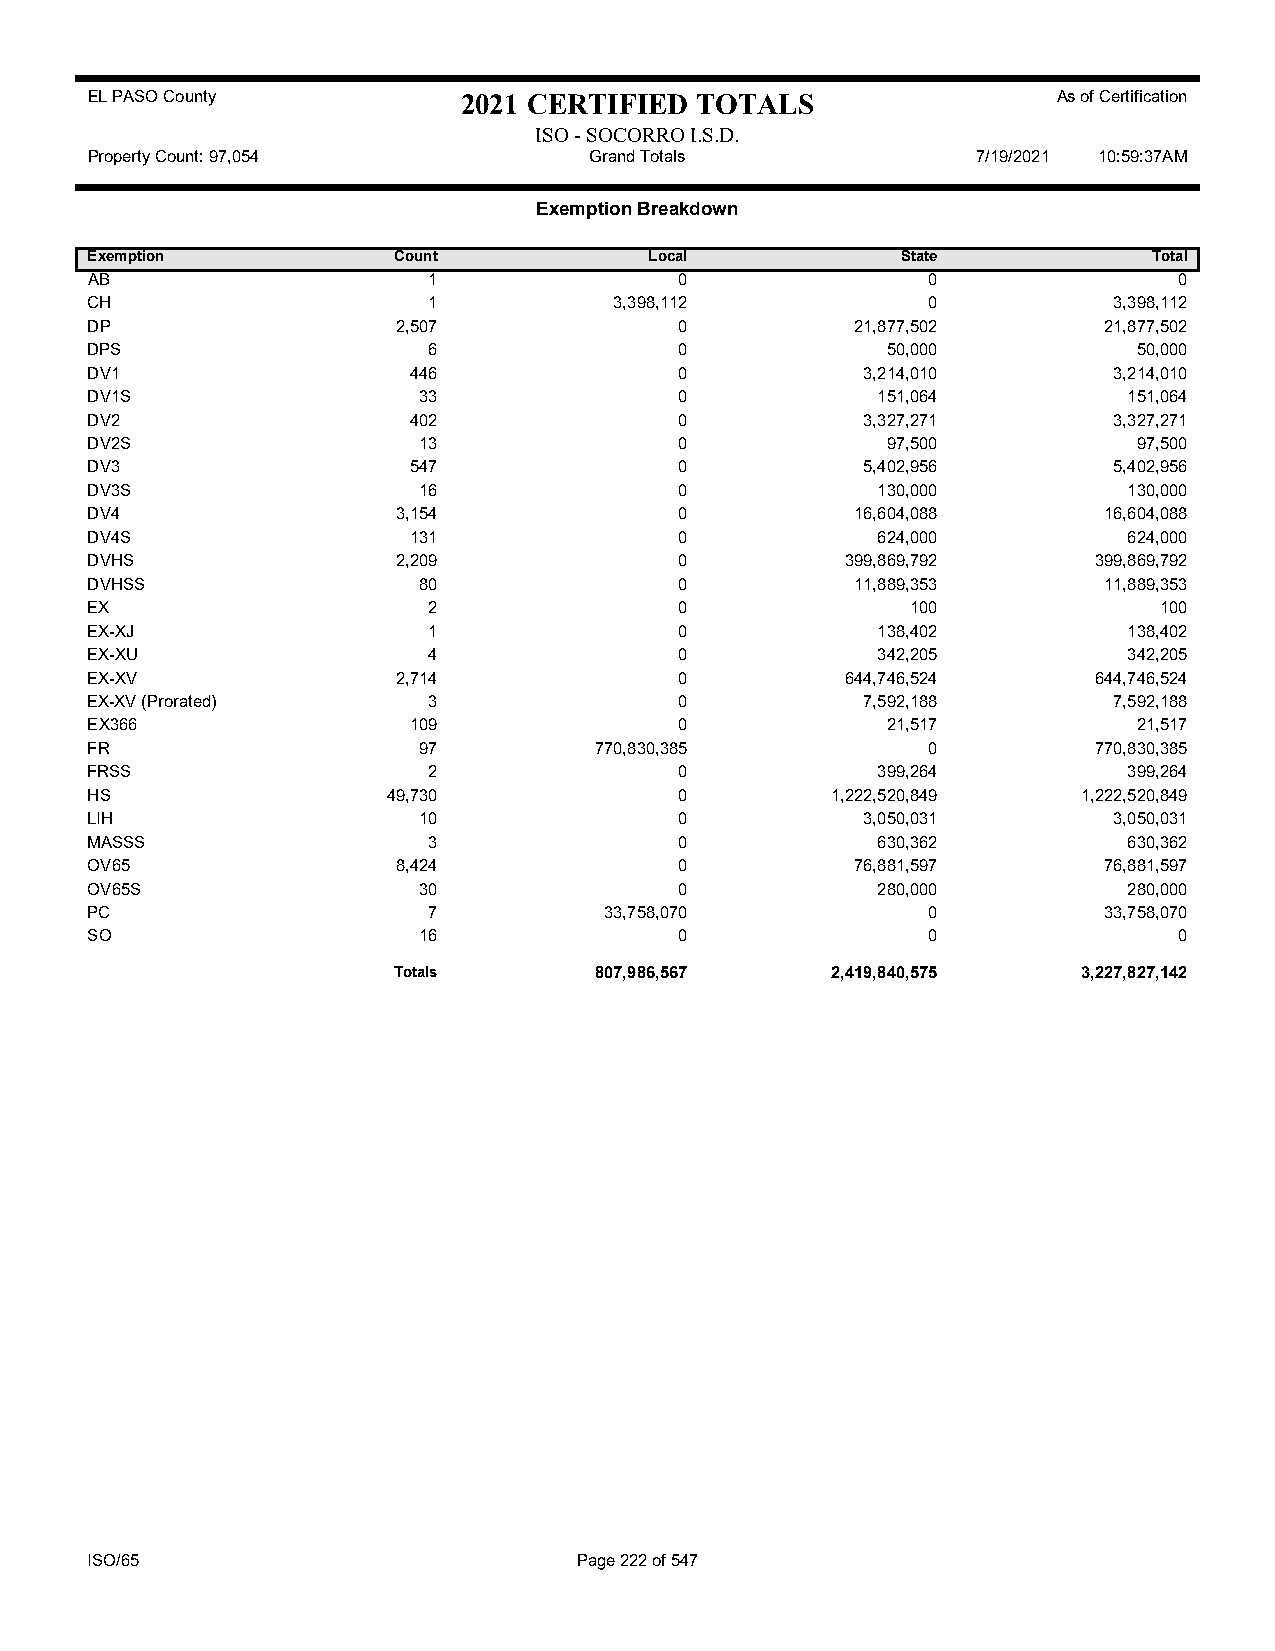
EL PASO County           2021 CERTIFIED TOTALS                  As of Certification
 ISO - SOCORRO I.S.D.
 Property Count: 97,054           Grand Totals              7/19/2021 10:59:37AM
 Exemption Breakdown
 Exemption           Count            Local            State           Total
 AB                    1                0               0                0
 CH                    1            3,398,112           0            3,398,112
 DP                  2,507              0           21,877,502      21,877,502
 DPS                   6                0             50,000          50,000
 DV1                  446               0           3,214,010        3,214,010
 DV1S                  33               0            151,064          151,064
 DV2                  402               0           3,327,271        3,327,271
 DV2S                  13               0             97,500          97,500
 DV3                  547               0           5,402,956        5,402,956
 DV3S                  16               0            130,000          130,000
 DV4                 3,154              0           16,604,088      16,604,088
 DV4S                 131               0            624,000          624,000
 DVHS                2,209              0          399,869,792     399,869,792
 DVHSS                 80               0           11,889,353      11,889,353
 EX                    2                0              100              100
 EX-XJ                 1                0            138,402          138,402
 EX-XU                 4                0            342,205          342,205
 EX-XV               2,714              0          644,746,524     644,746,524
 EX-XV (Prorated)      3                0           7,592,188        7,592,188
 EX366                109               0             21,517          21,517
 FR                    97         770,830,385           0          770,830,385
 FRSS                  2                0            399,264          399,264
 HS                  49,730             0         1,222,520,849    1,222,520,849
 LIH                   10               0           3,050,031        3,050,031
 MASSS                 3                0            630,362          630,362
 OV65                8,424              0           76,881,597      76,881,597
 OV65S                 30               0            280,000          280,000
 PC                    7           33,758,070           0           33,758,070
 SO                    16               0               0                0
 Totals       807,986,567     2,419,840,575    3,227,827,142
 ISO/65                          Page 222 of 547